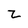
Character: z